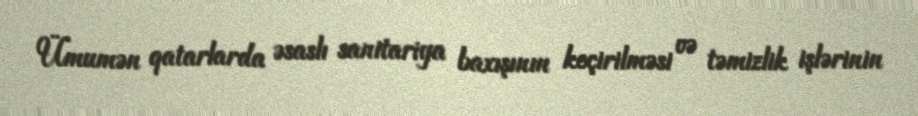
Ümumən qatarlarda əsaslı sanitariya baxışının keçirilməsi və təmizlik işlərinin